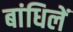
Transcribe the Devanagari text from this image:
बांधिलें